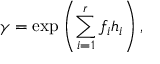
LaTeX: \gamma = \exp \left( \sum _ { i = 1 } ^ { r } f _ { i } h _ { i } \right) ,